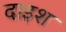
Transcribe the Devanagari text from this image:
दाइश